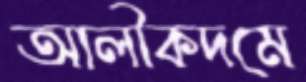
আলীকদমে